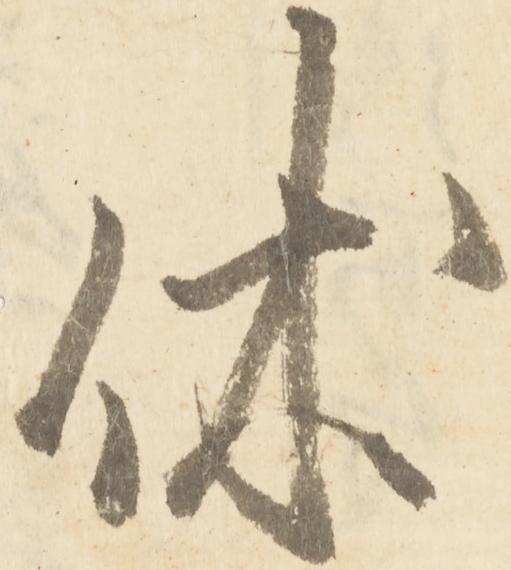
休